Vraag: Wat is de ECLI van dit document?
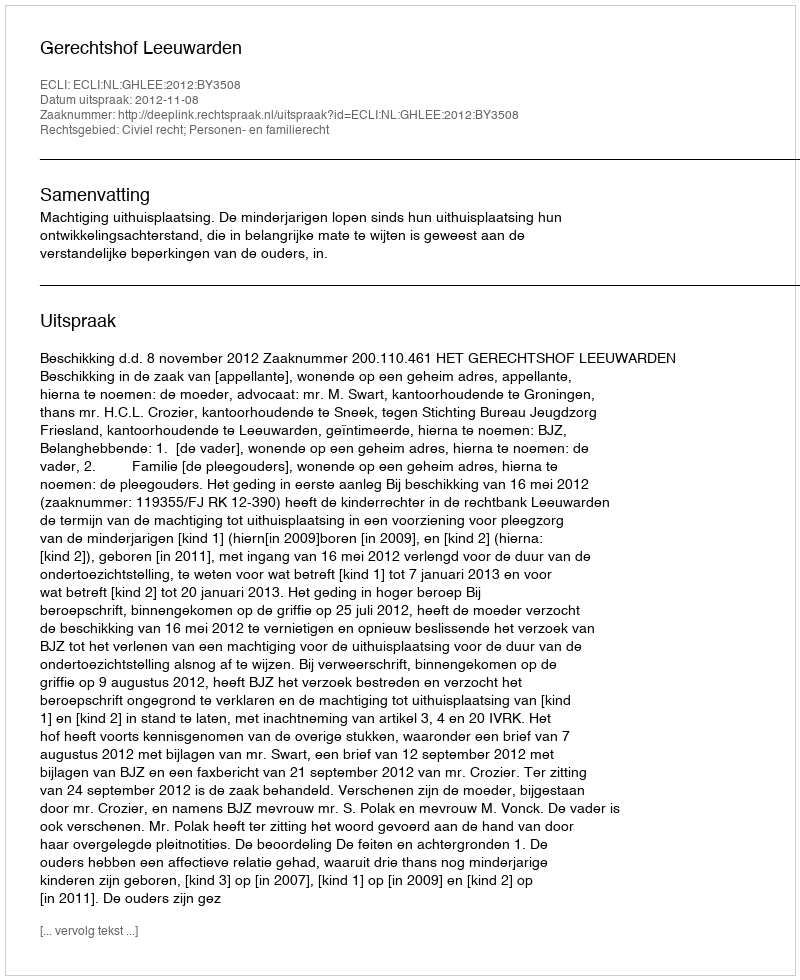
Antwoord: ECLI:NL:GHLEE:2012:BY3508